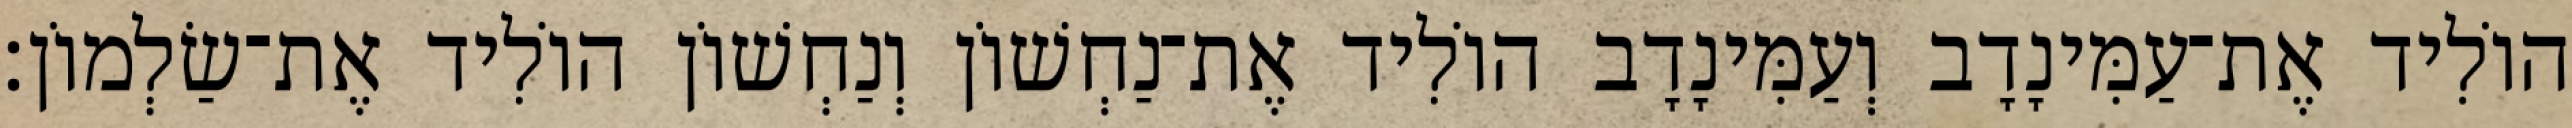
הוֹלִיד אֶת־עַמִּינָדָב וְעַמִּינָדָב הוֹלִיד אֶת־נַחְשׁוֹן וְנַחְשׁוֹן הוֹלִיד אֶת־שַׂלְמוֹן׃